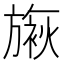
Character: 𬀓